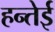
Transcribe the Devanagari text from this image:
हन्तेई